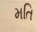
મતિ